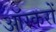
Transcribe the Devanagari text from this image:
ऑस्करों